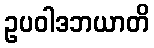
ဥပဝါဒဘယာတိ